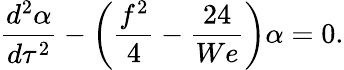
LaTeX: \frac{d^{2}\alpha}{d\tau^{2}}-\left(\frac{f^{2}}{4}-\frac{24}{We}\right)\alpha=0.